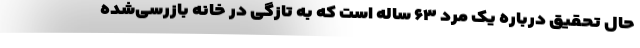
حال تحقیق درباره یک مرد ۶۳ ساله است که به تازگی در خانه بازرسی‌شده